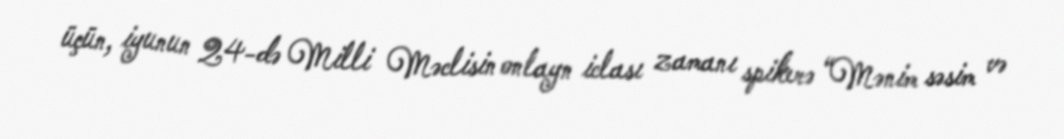
üçün, iyunun 24-də Milli Məclisin onlayn iclası zamanı spikerə “Mənim səsim və